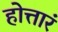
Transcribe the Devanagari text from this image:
होत्तारं